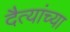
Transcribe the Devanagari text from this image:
दैत्यांच्या